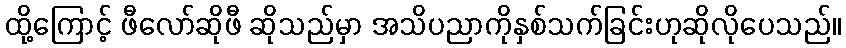
ထို့ကြောင့် ဖီလော်ဆိုဖီ ဆိုသည်မှာ အသိပညာကိုနှစ်သက်ခြင်းဟုဆိုလိုပေသည်။